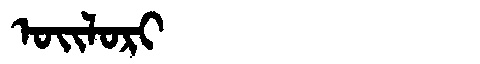
Manchu: ᠣᡳᠯᠣᡵᡳ
Romanization: OILORI